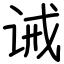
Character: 诫